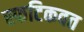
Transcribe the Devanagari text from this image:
स्फटिकवत